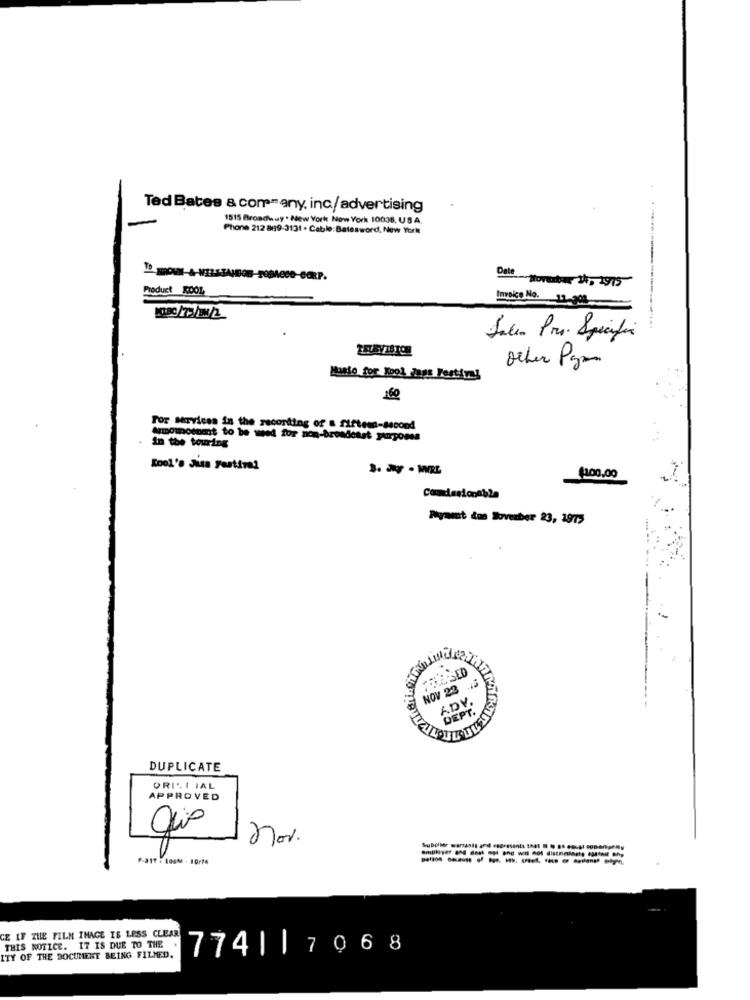
Ted Bates & com=any, inc/advertising
1515 Broadway . New York New York 10038, USA
Phone 212 869-3131 . Cable: Batesword, New York
Date
Product KOOL
-Honatur 34, 1915
Invoice No. 12-301
Other Pga
Manio for Kool Jags Festtyl
160
For Marvices in the recenting of & fifteen-second
Armomnoenmnt to be weed for non-brondetet purposes
in the touring
Kool's Jita Festival
3. 2 . WRL
1100.00
Commissionabla
Ayant dos Irverber 23, 1977
BESED
NOV 23
ADV
DEPT.
DUPLICATE
ORICI JAL
APPROVED
nov.
-- --------
CE IF THE FILM IMAGE IS LESS CLEAR
THIS NOTICE. IT IS DUE TO THE
774||7068
ITY OF THE DOCUMENT BEING FILMED.